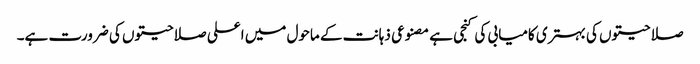
صلاحیتوں کی بہتری کامیابی کی کنجی ہے مصنوعی ذہانت کے ماحول میں اعلی صلاحیتوں کی ضرورت ہے۔